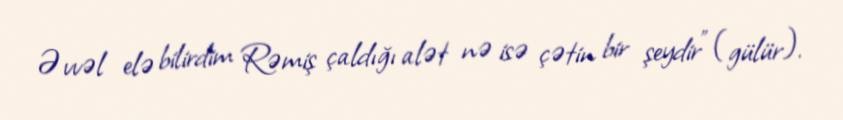
Əvvəl elə bilirdim Rəmiş çaldığı alət nə isə çətin bir şeydir" (gülür).